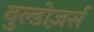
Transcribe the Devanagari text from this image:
बुल्डोज़र्स